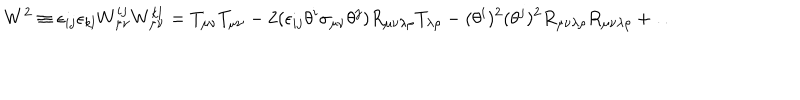
W ^ { 2 } \equiv \epsilon _ { i j } \epsilon _ { k l } W _ { \mu \nu } ^ { i j } W _ { \mu \nu } ^ { k l } = T _ { \mu \nu } T _ { \mu \nu } - 2 ( \epsilon _ { i j } \theta ^ { i } \sigma _ { \mu \nu } \theta ^ { j } ) R _ { \mu \nu \lambda \rho } T _ { \lambda \rho } - ( \theta ^ { i } ) ^ { 2 } ( \theta ^ { j } ) ^ { 2 } R _ { \mu \nu \lambda \rho } R _ { \mu \nu \lambda \rho } + \dots